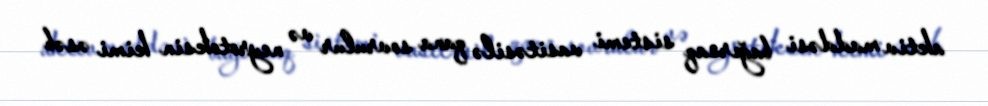
aktiv maddəsi bağırsaq sistemi vasitəsilə qana sovrulur və neyrotoksin kimi əsəb